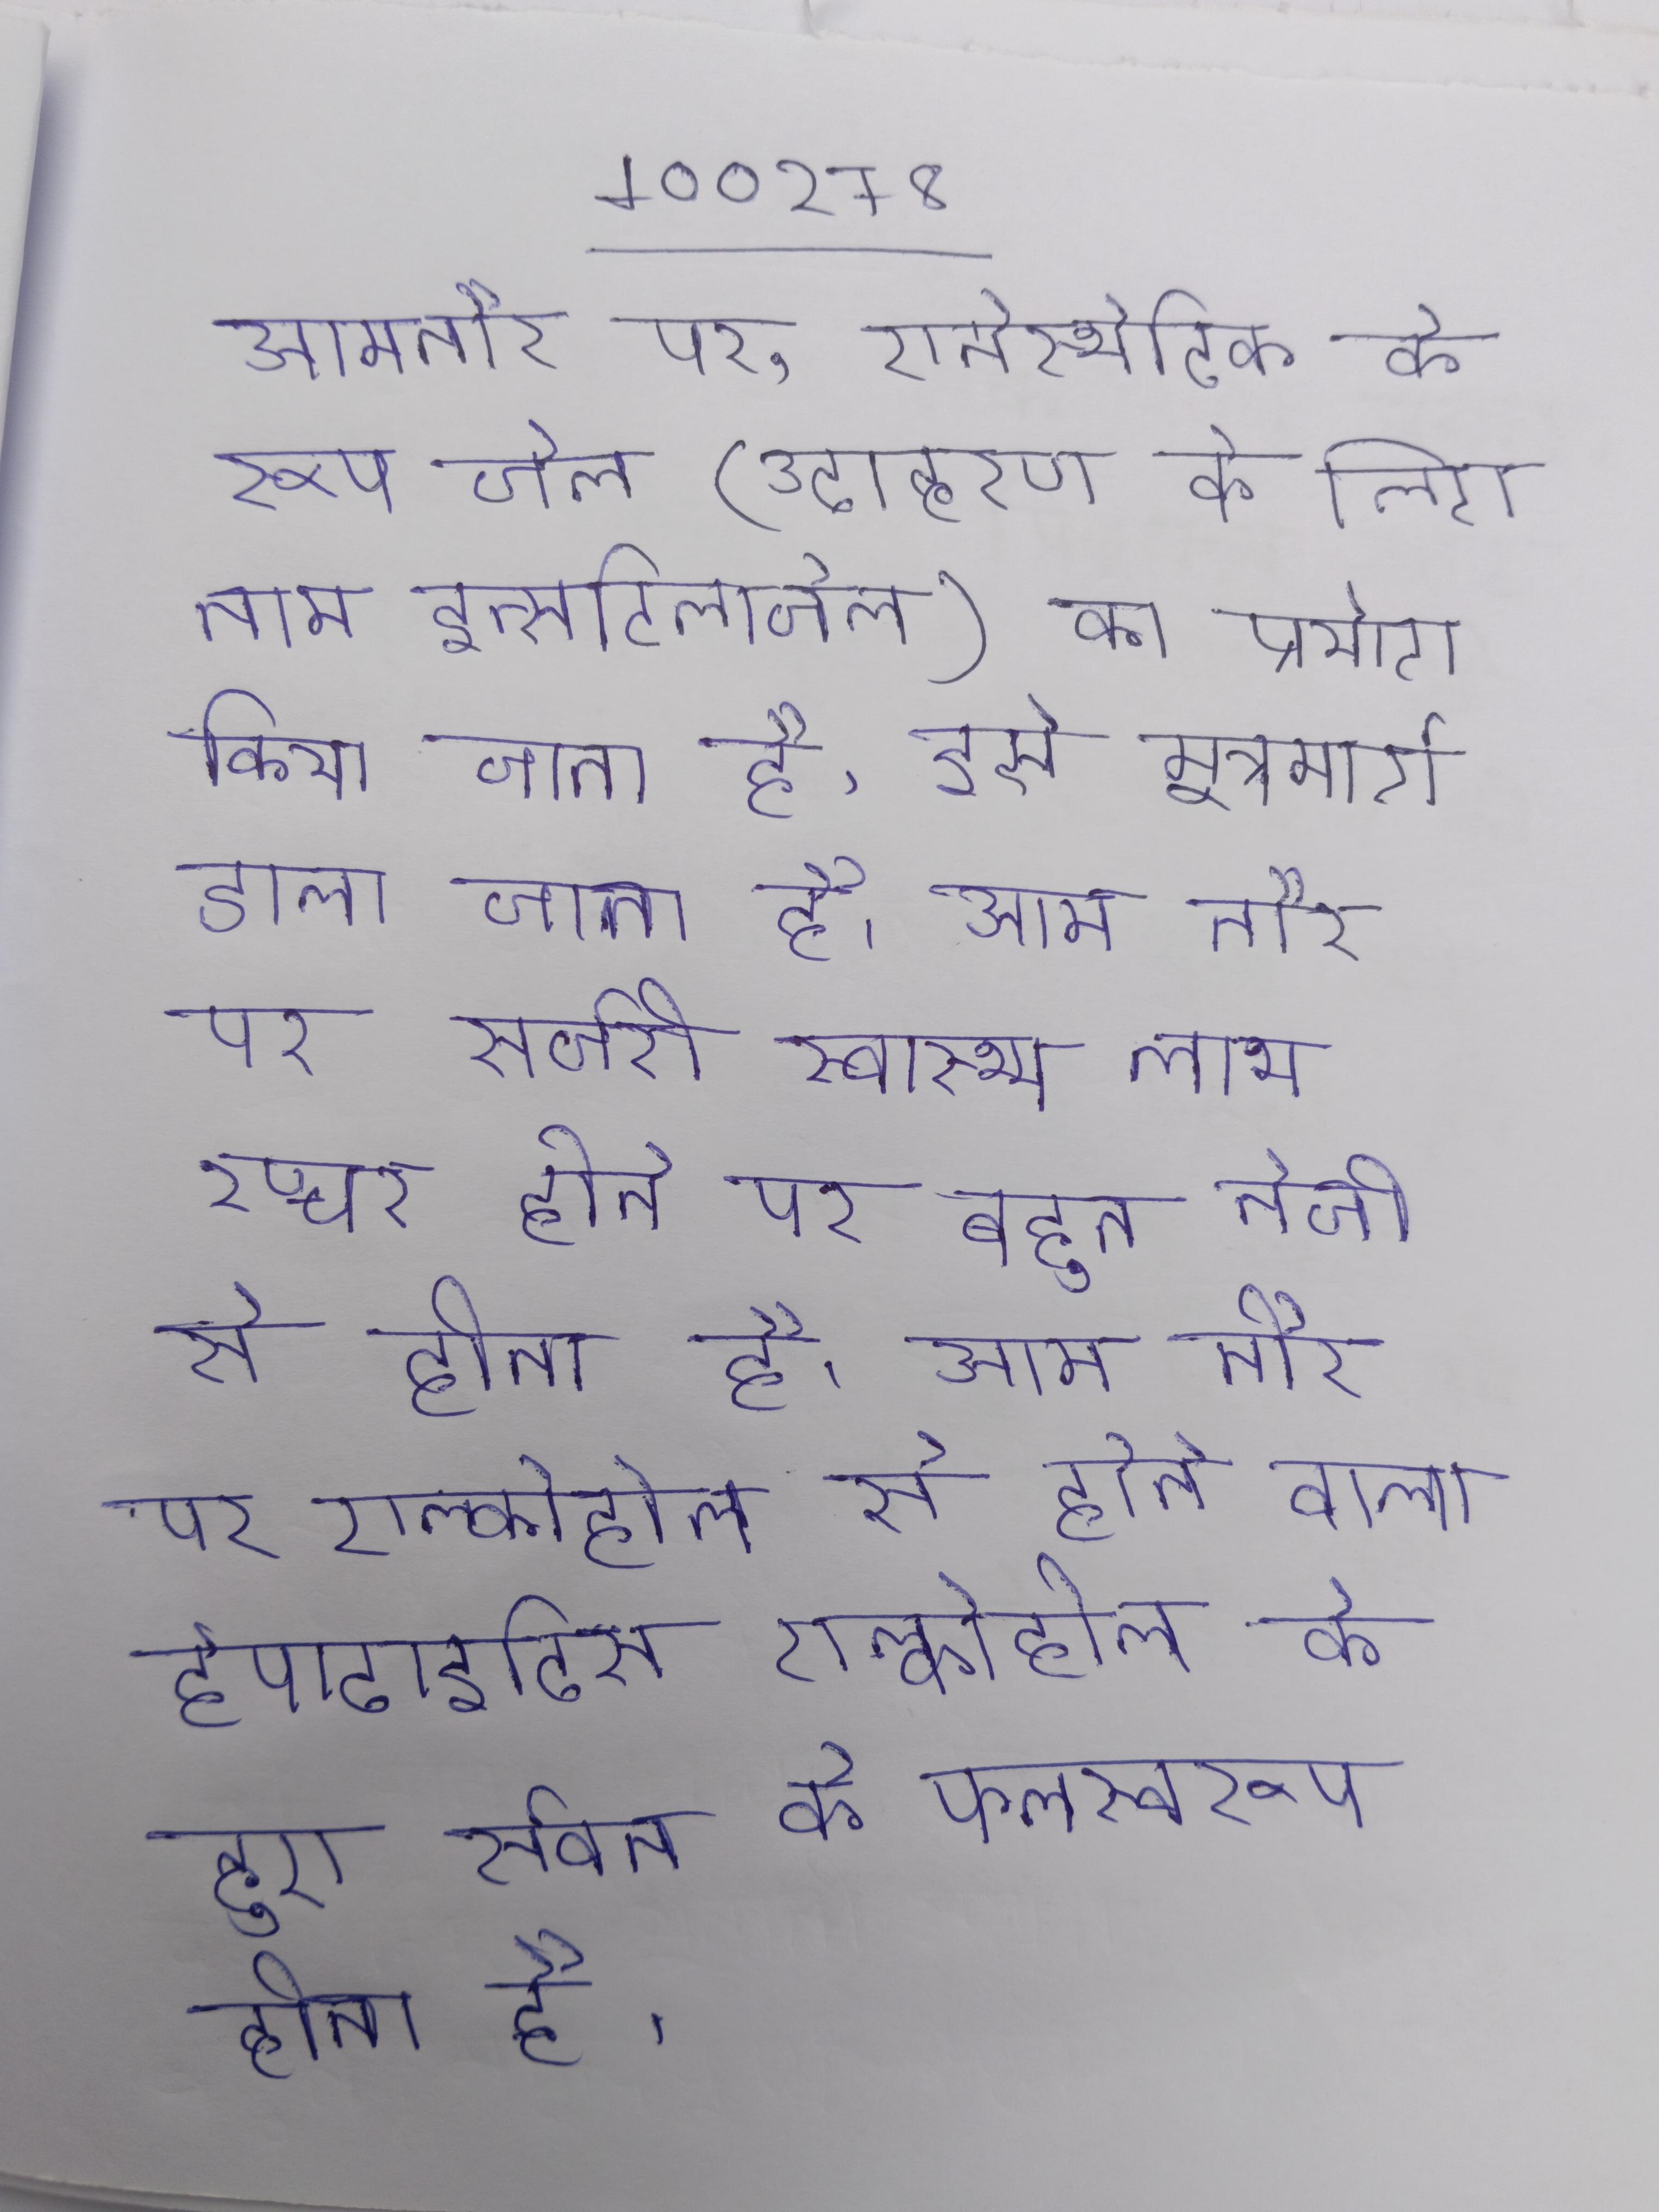
आमतौर पर, एनेस्थेटिक के रूप जेल (उदाहरण के लिए नाम इन्सटिलाजेल) का प्रयोग किया जाता है, इसे मूत्रमार्ग डाला जाता है । आम तौर पर सर्जरी स्वास्थ्य लाभ रप्चर होने पर बहुत तेजी से होता है । आम तौर पर एल्कोहोल से होने वाला हेपाटाइटिस एल्कोहोल के हुए सेवन के फलस्वरूप होता है ।